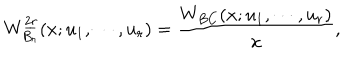
W _ { B _ { r } } ^ { \underline { { { 2 r } } } } ( x ; u _ { 1 } , \cdots , u _ { r } ) = { \frac { W _ { B C } ( x ; u _ { 1 } , \cdots , u _ { r } ) } { x } } ,